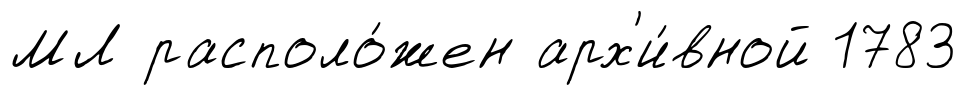
МЛ располо́жен арх'и́вной 1783